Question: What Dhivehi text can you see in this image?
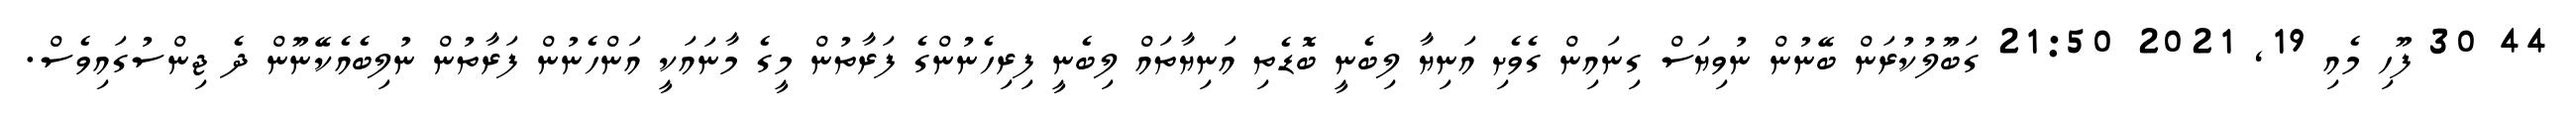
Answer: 44 30 ފޫހި މެއި 19, 2021 21:50 ގަބޫލުކުރަން ބޭނުން ނުވިޔަސް ގިނައިން ގެވެށި އަނިޔާ ލިބެނީ ބޮޑެތި އަނިޔާތައް ލިބެނީ ފިރިހެނުންގެ ފަރާތުން މީގެ މާނައަކީ އަންހެނުން ފަރާތުން ނުލިބެއެކޭނޫން ދެ ޖިންސުގައިވެސް.